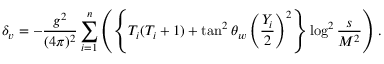
\delta _ { v } = - \frac { g ^ { 2 } } { ( 4 \pi ) ^ { 2 } } \sum _ { i = 1 } ^ { n } \left( \left\{ T _ { i } ( T _ { i } + 1 ) + \tan ^ { 2 } \theta _ { w } \left( \frac { Y _ { i } } { 2 } \right) ^ { 2 } \right\} \log ^ { 2 } \frac { s } { M ^ { 2 } } \right) \, .